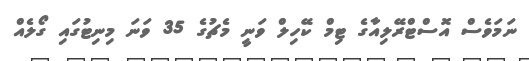
ނަމަވެސް އޮސްޓްރޭލިއާގެ ޓިމް ކޭހިލް ވަނީ މެޗުގެ 35 ވަނަ މިނިޓުގައި ގޯލެއް